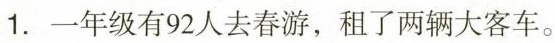
1.一年级有92人去春游，租了两辆大客车。